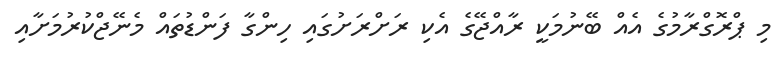
މި ޕްރޮގްރާމުގެ އެއް ބޭނުމަކީ ރާއްޖޭގެ އެކި ރަށްރަށުގައި ހިންގާ ފަންޑުތައް މެނޭޖްކުރުމަށާއި